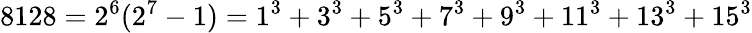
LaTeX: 8128=2^{6}(2^{7}-1)=1^{3}+3^{3}+5^{3}+7^{3}+9^{3}+11^{3}+13^{3}+15^{3}